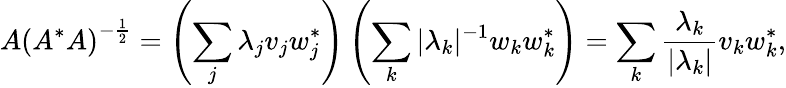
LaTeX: A\left(A^{*}A\right)^{-{\frac{1}{2}}}=\left(\sum_{j}\lambda_{j}v_{j}w_{j}^{*}\right)\left(\sum_{k}|\lambda_{k}|^{-1}w_{k}w_{k}^{*}\right)=\sum_{k}{\frac{\lambda_{k}}{|\lambda_{k}|}}v_{k}w_{k}^{*},